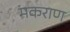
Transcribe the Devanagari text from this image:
मकराण